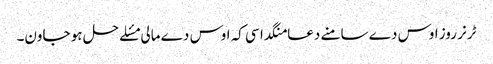
ٹرنر روز اوس دے سامنے دعا منگدا سی کہ اوس دے مالی مسٔلے حل ہو جاون۔